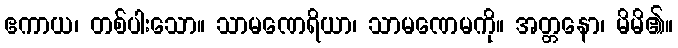
ဧကာယ၊ တစ်ပါးသော။ သာမဏေရိယာ၊ သာမဏေမကို။ အတ္တနော၊ မိမိ၏။